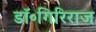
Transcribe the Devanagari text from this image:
डॉ॰गिरिराज